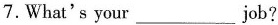
7.What's your ___ job?